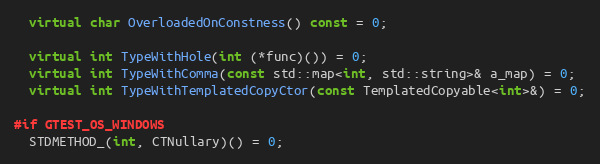
Language: C++
  virtual char OverloadedOnConstness() const = 0;

  virtual int TypeWithHole(int (*func)()) = 0;
  virtual int TypeWithComma(const std::map<int, std::string>& a_map) = 0;
  virtual int TypeWithTemplatedCopyCtor(const TemplatedCopyable<int>&) = 0;

#if GTEST_OS_WINDOWS
  STDMETHOD_(int, CTNullary)() = 0;